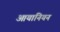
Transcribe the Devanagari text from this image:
आयानियन